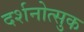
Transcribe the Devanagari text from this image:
दर्शनोत्सुक